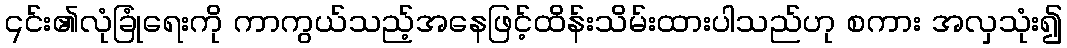
၎င်း၏လုံခြုံရေးကို ကာကွယ်သည့်အနေဖြင့်ထိန်းသိမ်းထားပါသည်ဟု စကား အလှသုံး၍